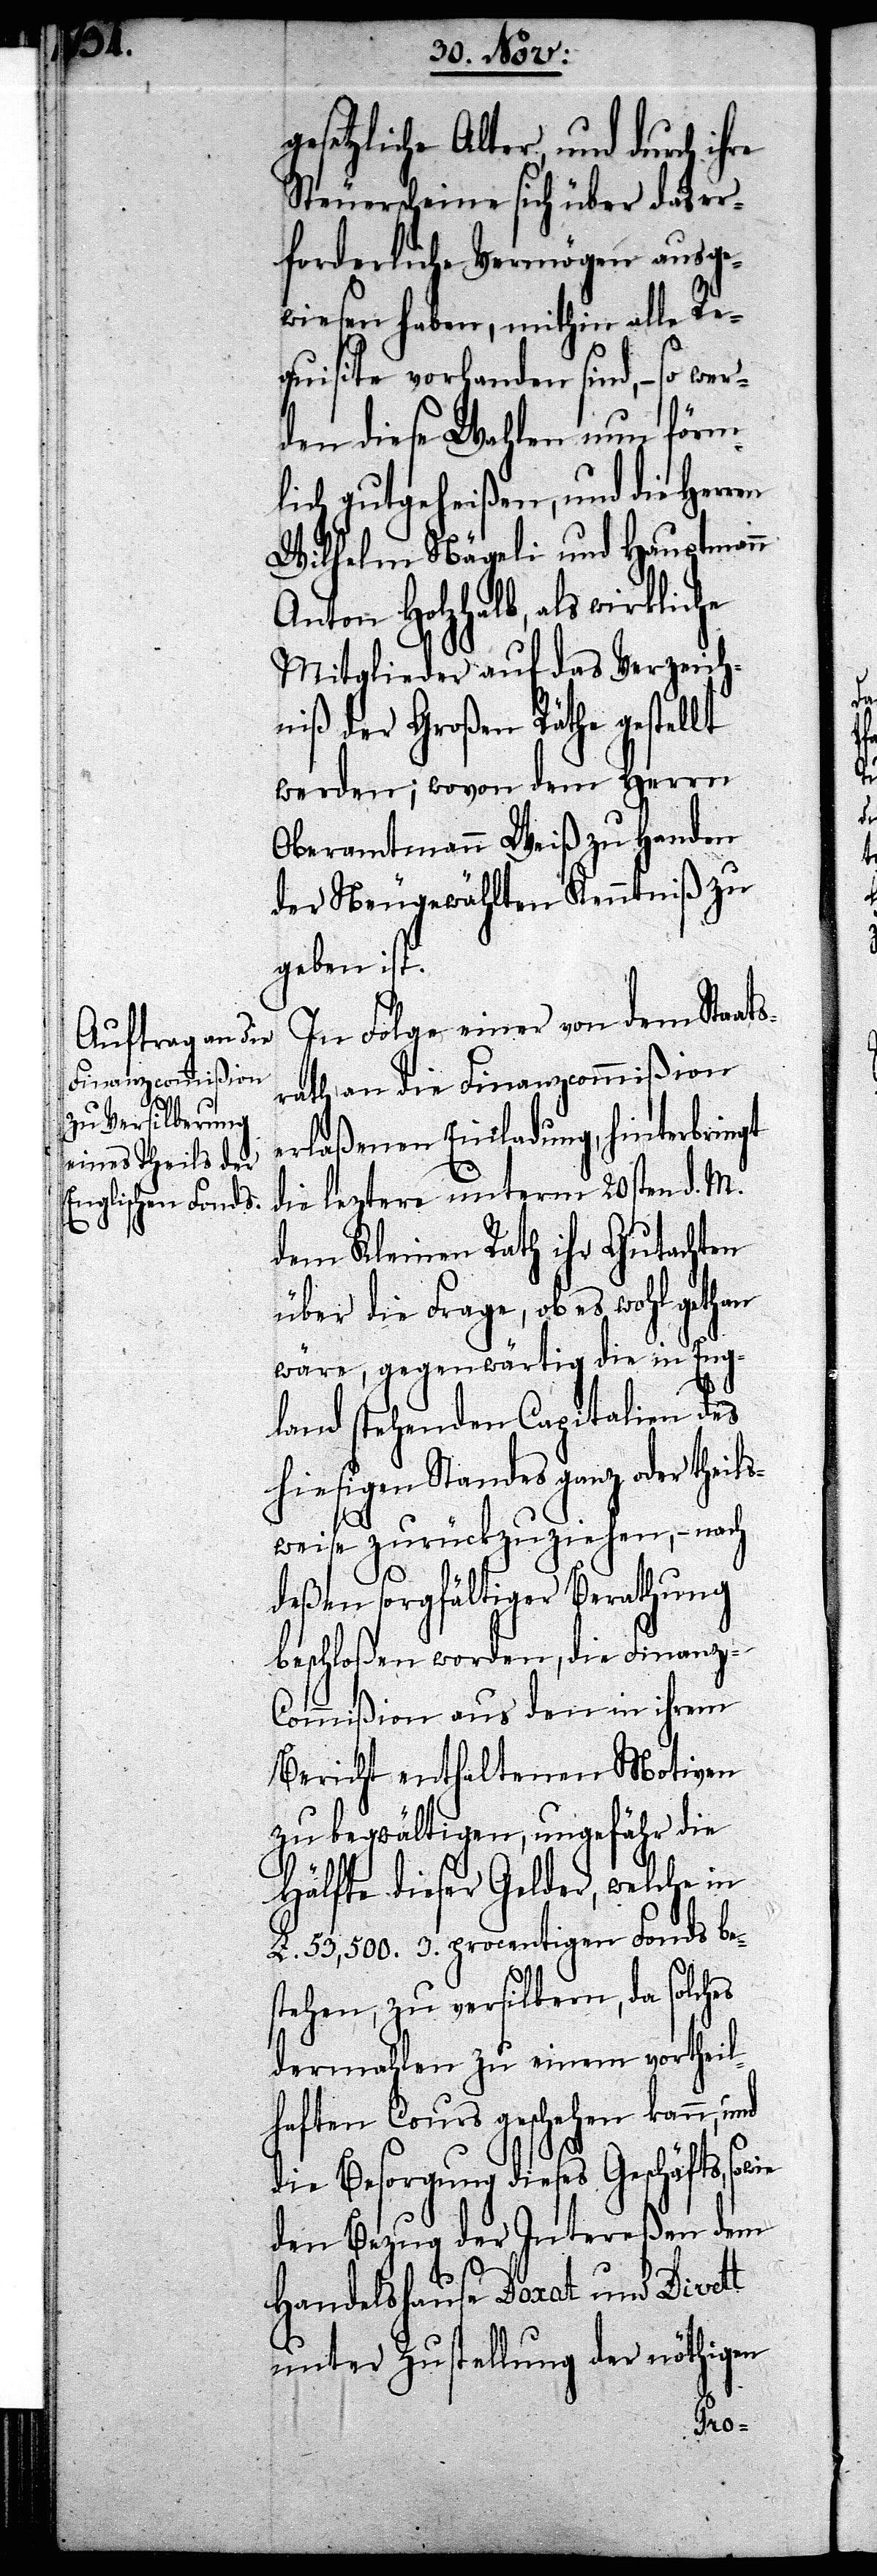
gesetzliche Alter, und durch ihre
Steuerscheine sich über das er¬
forderliche Vermögen ausge¬
wiesen haben, mithin alle Re¬
quisite vorhanden sind, – so we¬
rden diese Wahlen nun förm¬
lich gutgeheißen, und die Herren
Wilhelm Nägeli und Hauptmann
Anton Holzhalb, als wirkliche
Mitglieder auf das Verzeich¬
niß der Großen Räthe gestellt
werden; wovon dem Herrn
Oberamtmann Weiß zu Handen
der Neugewählten Kenntniß zu
geben ist.
In Folge einer von dem Staat¬
srath an die Finanzcommißion
erlaßenen Einladung, hinterbringt
die leztere unterm 20sten d. M.
dem Kleinen Rath ihr Gutachten
über die Frage, ob es wohl gethan
wäre, gegenwärtig die in Eng¬
land stehenden Capitalien des
hiesigen Standes ganz oder theil¬
weise zurückzuziehen, – nach
deßen sorgfältiger Berathung
beschloßen worden, die Finanz-C¬
ommißion aus den in ihrem
Bericht enthaltenen Motiven
zu begwältigen, ungefähr die
Hälfte dieser Gelder, welche in
£. 53,500. 3. procentigen Fonds be¬
stehen, zu versilbern, da solches
dermahlen zu einem vortheil¬
haften Cours geschehen kann, und
die Besorgung dieses Geschäfts,
den Bezug der Intereßen dem
Handelshause Doxat und Divett
unter Zustellung der nöthigen